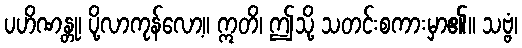
ပဟိဏန္တု၊ ပို့လာကုန်လော့။ ဣတိ၊ ဤသို့ သတင်းစကားမှာ၏။ သဗ္ဗံ၊